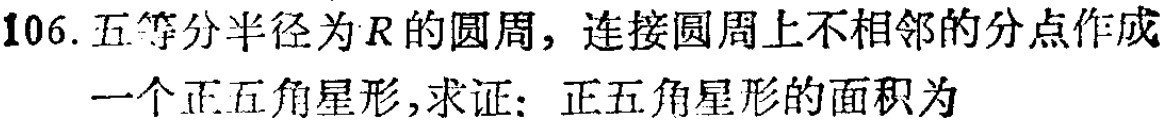
106. 五等分半径为\(R\)的圆周，连接圆周上不相邻的分点作成一个正五角星形，求证：正五角星形的面积为